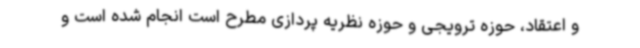
و اعتقاد، حوزه ترویجی و حوزه نظریه پردازی مطرح است انجام شده است و